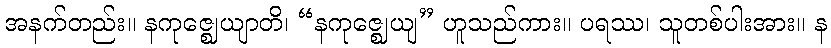
အနက်တည်း။ နကုဇ္ဈေယျာတိ၊ “နကုဇ္ဈေယျ” ဟူသည်ကား။ ပရဿ၊ သူတစ်ပါးအား။ န